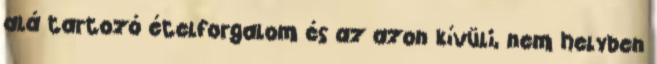
alá tartozó ételforgalom és az azon kívüli, nem helyben